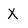
Character: X